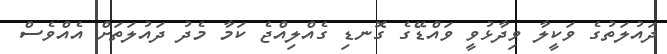
ދައުލަތުގެ ވަކީލާ ވިދާޅުވީ ވައްޑޭގެ ގޮނޑި ގެއްލިއްޖެ ކަމާ މެދު ދައުލަތަށް އެއްވެސް